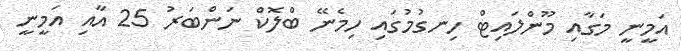
އަމީނީ މަގާއި މޫންލައިޓް ހިނގުމުގައި ހިމެނޭ ބްލޮކް ނަންބަރު 25 އާއި އަމީނީ